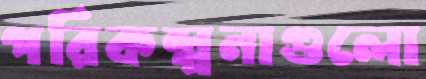
পরিকল্পনাগুলো